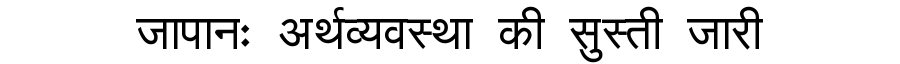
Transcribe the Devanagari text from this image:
जापानः अर्थव्यवस्था की सुस्ती जारी